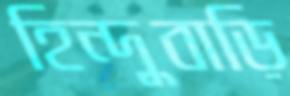
হিন্দুবাড়ি